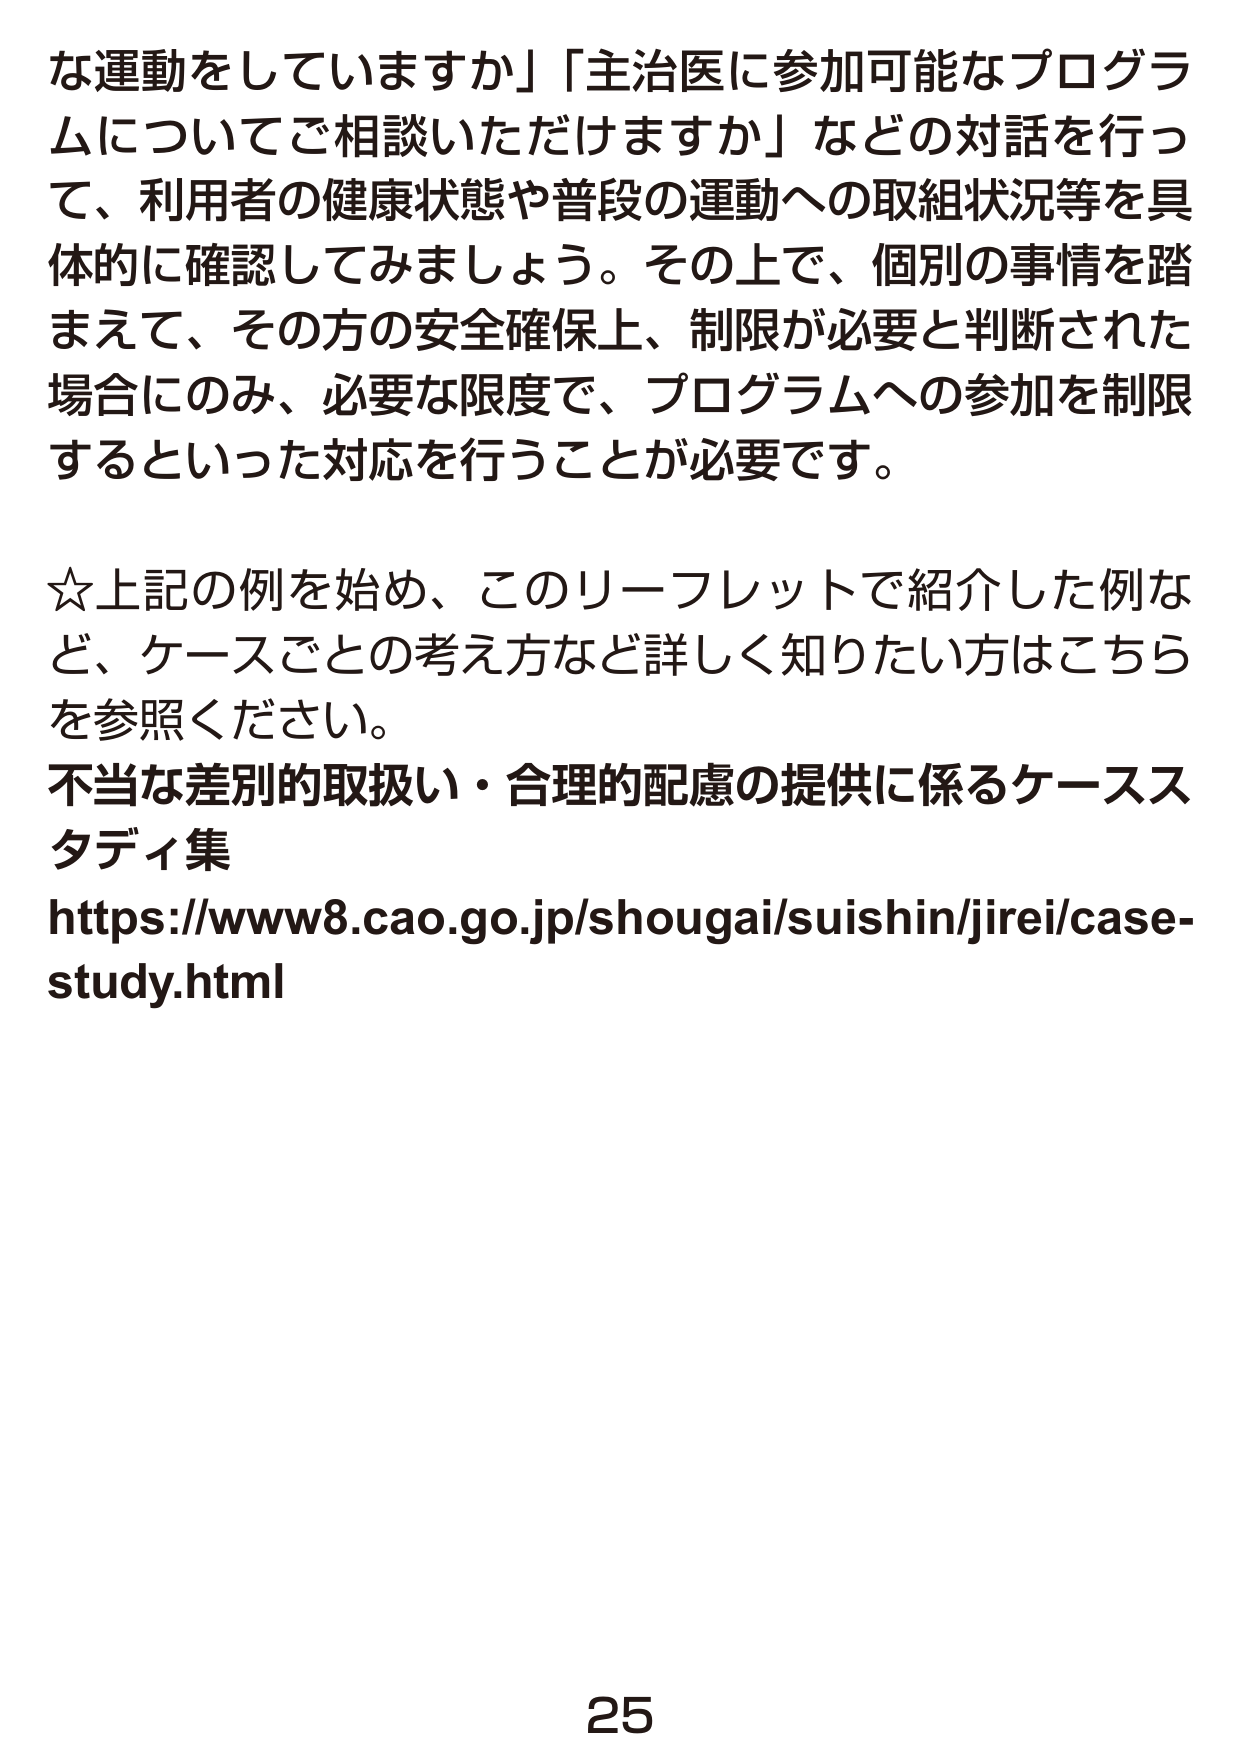
な運動をしていますか」「主治医に参加可能なプログラムについてご相談いただけますか」などの対話を行って、利用者の健康状態や普段の運動への取組状況等を具体的に確認してみましょう。その上で、個別の事情を踏まえて、その方の安全確保上、制限が必要と判断された場合にのみ、必要な限度で、プログラムへの参加を制限するといった対応を行うことが必要です。

☆上記の例を始め、このリーフレットで紹介した例など、ケースごとの考え方など詳しく知りたい方はこちらを参照ください。
不当な差別的取扱い・合理的配慮の提供に係るケーススタディ集
https://www8.cao.go.jp/shougai/suishin/jirei/case-study.html

25